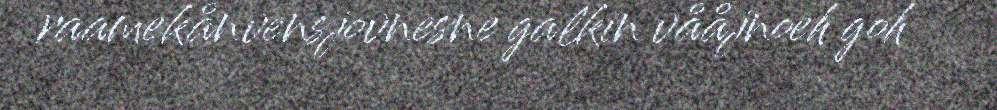
raamekånvensjovnesne galkin vååjnoeh goh